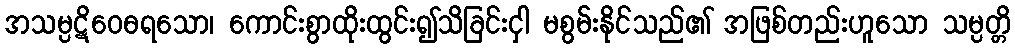
အသမ္ပဋိဝေဓရသော၊ ကောင်းစွာထိုးထွင်း၍သိခြင်းငှါ မစွမ်းနိုင်သည်၏ အဖြစ်တည်းဟူသော သမ္ပတ္တိ